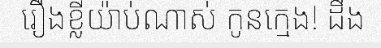
រឿងខ្លីយ៉ាប់ណាស់ កូនក្មេង! ដឹង